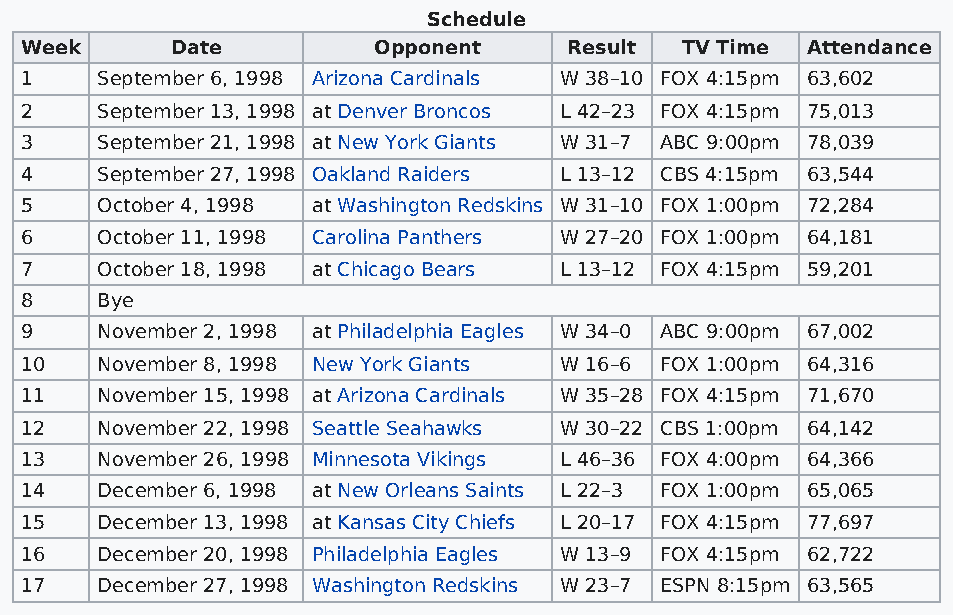
Schedule
 Week      Date          Opponent     Result TV Time Attendance
 1    September 6, 1998 Arizona Cardinals W 38–10 FOX 4:15pm 63,602
 2    September 13, 1998 at Denver Broncos L 42–23 FOX 4:15pm 75,013
 3    September 21, 1998 at New York Giants W 31–7 ABC 9:00pm 78,039
 4    September 27, 1998 Oakland Raiders L 13–12 CBS 4:15pm 63,544
 5    October 4, 1998 at Washington Redskins W 31–10 FOX 1:00pm 72,284
 6    October 11, 1998 Carolina Panthers W 27–20 FOX 1:00pm 64,181
 7    October 18, 1998 at Chicago Bears L 13–12 FOX 4:15pm 59,201
 8    Bye
 9    November 2, 1998 at Philadelphia Eagles W 34–0 ABC 9:00pm 67,002
 10   November 8, 1998 New York Giants W 16–6 FOX 1:00pm 64,316
 11   November 15, 1998 at Arizona Cardinals W 35–28 FOX 4:15pm 71,670
 12   November 22, 1998 Seattle Seahawks W 30–22 CBS 1:00pm 64,142
 13   November 26, 1998 Minnesota Vikings L 46–36 FOX 4:00pm 64,366
 14   December 6, 1998 at New Orleans Saints L 22–3 FOX 1:00pm 65,065
 15   December 13, 1998 at Kansas City Chiefs L 20–17 FOX 4:15pm 77,697
 16   December 20, 1998 Philadelphia Eagles W 13–9 FOX 4:15pm 62,722
 17   December 27, 1998 Washington Redskins W 23–7 ESPN 8:15pm 63,565